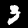
Label: 3